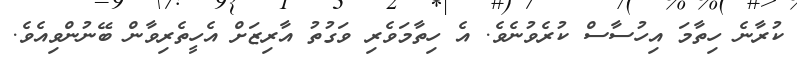
ކުރާނެ ހިތާމަ އިހުސާސް ކުރެވުނެވެ. އެ ހިތާމަވެރި ވަގުތު އާރިޒަށް އެހީތެރިވާން ބޭނުންވިއެވެ.